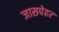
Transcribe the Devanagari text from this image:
जासपेहर